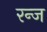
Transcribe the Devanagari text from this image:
रन्ज